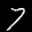
Label: 7